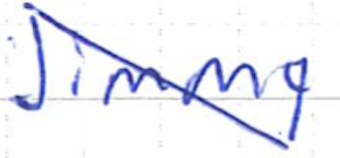
Text: Jimmy
Cross-out: diagonal
Writing tool: ballpoint